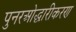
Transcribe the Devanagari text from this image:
पुनरओद्धारीकरण